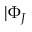
{ \ensuremath { | \Phi _ { J } } }